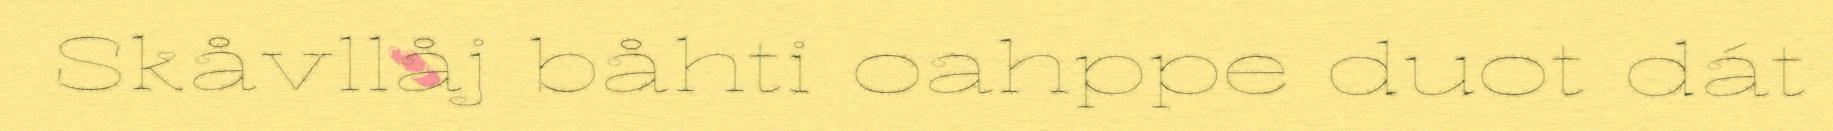
Skåvllåj båhti oahppe duot dát